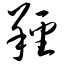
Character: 羟